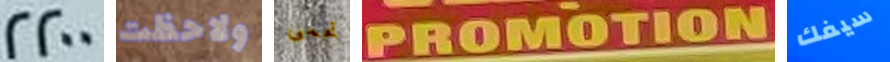
2200 ولاحظت تحمى PROMOTION سيفك